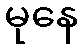
မုနေ